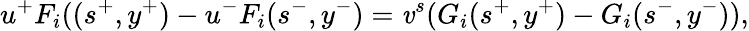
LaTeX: u^{+}F_{i}((s^{+},y^{+})-u^{-}F_{i}(s^{-},y^{-})=\mathit{v}^{s}(G_{i}(s^{+},y^{+})-G_{i}(s^{-},y^{-})),